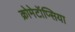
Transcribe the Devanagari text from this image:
क्रोमेटॉप्सिया